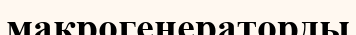
макрогенераторды